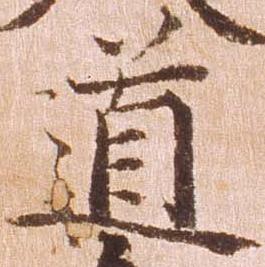
道